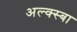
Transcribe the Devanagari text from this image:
अल्क्स्बा